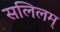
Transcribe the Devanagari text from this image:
सलिलम्